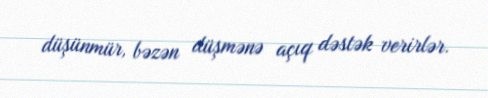
düşünmür, bəzən düşmənə açıq dəstək verirlər.